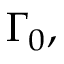
\Gamma _ { 0 } ,